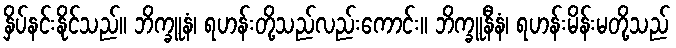
နှိပ်နင်းနိုင်သည်။ ဘိက္ခူနံ၊ ရဟန်းတို့သည်လည်းကောင်း။ ဘိက္ခူနီနံ၊ ရဟန်းမိန်းမတို့သည်